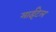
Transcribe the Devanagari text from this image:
माईटेल